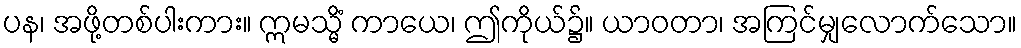
ပန၊ အဖို့တစ်ပါးကား။ ဣမသ္မိံ ကာယေ၊ ဤကိုယ်၌။ ယာဝတာ၊ အကြင်မျှလောက်သော။